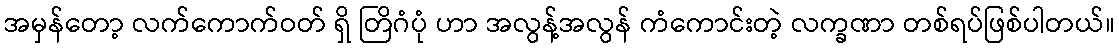
အမှန်တော့ လက်ကောက်ဝတ် ရှိ တြိဂံပုံ ဟာ အလွန့်အလွန် ကံကောင်းတဲ့ လက္ခဏာ တစ်ရပ်ဖြစ်ပါတယ်။